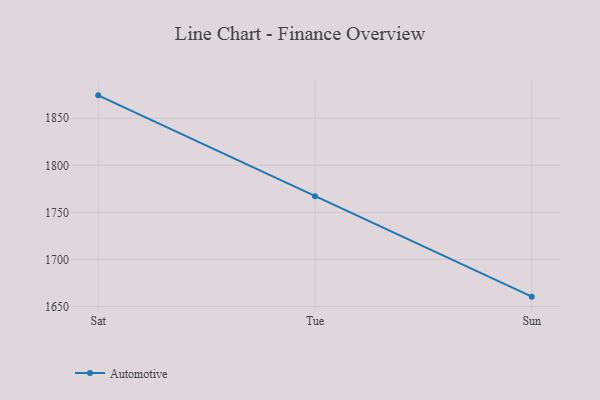
{"axis": {"x": "Day", "y": "Net Income (USD K)"}, "legend": ["Automotive"], "data": [{"x": "Sat", "y": 1874.3, "type": "Automotive"}, {"x": "Tue", "y": 1767.2, "type": "Automotive"}, {"x": "Sun", "y": 1660.5, "type": "Automotive"}]}